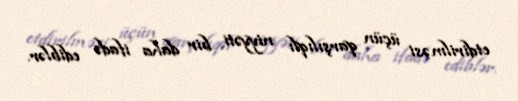
etdirilməsi üçün qarşılıqlı niyyəti bir daha ifadə ediblər.